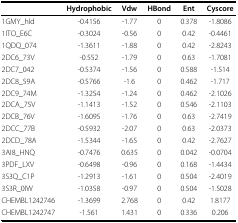
<table><thead><tr><td></td><td><b>Hydrophobic</b></td><td><b>Vdw</b></td><td><b>HBond</b></td><td><b>Ent</b></td><td><b>Cyscore</b></td></tr></thead><tbody><tr><td>1GMY_hld</td><td>-0.4156</td><td>-1.77</td><td>0</td><td>0.378</td><td>-1.8086</td></tr><tr><td>1ITO_E6C</td><td>-0.3024</td><td>-0.56</td><td>0</td><td>0.42</td><td>-0.4461</td></tr><tr><td>1QDQ_074</td><td>-1.3611</td><td>-1.88</td><td>0</td><td>0.42</td><td>-2.8243</td></tr><tr><td>2DC6_73V</td><td>-0.552</td><td>-1.79</td><td>0</td><td>0.63</td><td>-1.7081</td></tr><tr><td>2DC7_042</td><td>-0.5374</td><td>-1.56</td><td>0</td><td>0.588</td><td>-1.514</td></tr><tr><td>2DC8_59A</td><td>-0.5766</td><td>-1.6</td><td>0</td><td>0.462</td><td>-1.717</td></tr><tr><td>2DC9_74M</td><td>-1.3254</td><td>-1.24</td><td>0</td><td>0.462</td><td>-2.1026</td></tr><tr><td>2DCA_75V</td><td>-1.1413</td><td>-1.52</td><td>0</td><td>0.546</td><td>-2.1103</td></tr><tr><td>2DCB_76V</td><td>-1.6095</td><td>-1.76</td><td>0</td><td>0.63</td><td>-2.7419</td></tr><tr><td>2DCC_77B</td><td>-0.5932</td><td>-2.07</td><td>0</td><td>0.63</td><td>-2.0373</td></tr><tr><td>2DCD_78A</td><td>-1.5344</td><td>-1.65</td><td>0</td><td>0.42</td><td>-2.7627</td></tr><tr><td>3AI8_HNQ</td><td>-0.7476</td><td>0.635</td><td>0</td><td>0.042</td><td>-0.0704</td></tr><tr><td>3PDF_LXV</td><td>-0.6498</td><td>-0.96</td><td>0</td><td>0.168</td><td>-1.4434</td></tr><tr><td>3S3Q_C1P</td><td>-1.2913</td><td>-1.61</td><td>0</td><td>0.504</td><td>-2.4019</td></tr><tr><td>3S3R_0IW</td><td>-1.0358</td><td>-0.97</td><td>0</td><td>0.504</td><td>-1.5028</td></tr><tr><td>CHEMBL1242746</td><td>-1.3699</td><td>2.768</td><td>0</td><td>0.42</td><td>1.8177</td></tr><tr><td>CHEMBL1242747</td><td>-1.561</td><td>1.431</td><td>0</td><td>0.336</td><td>0.206</td></tr></tbody></table>